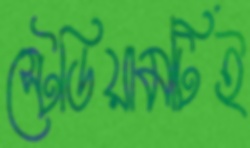
স্টেডিয়ামটিই